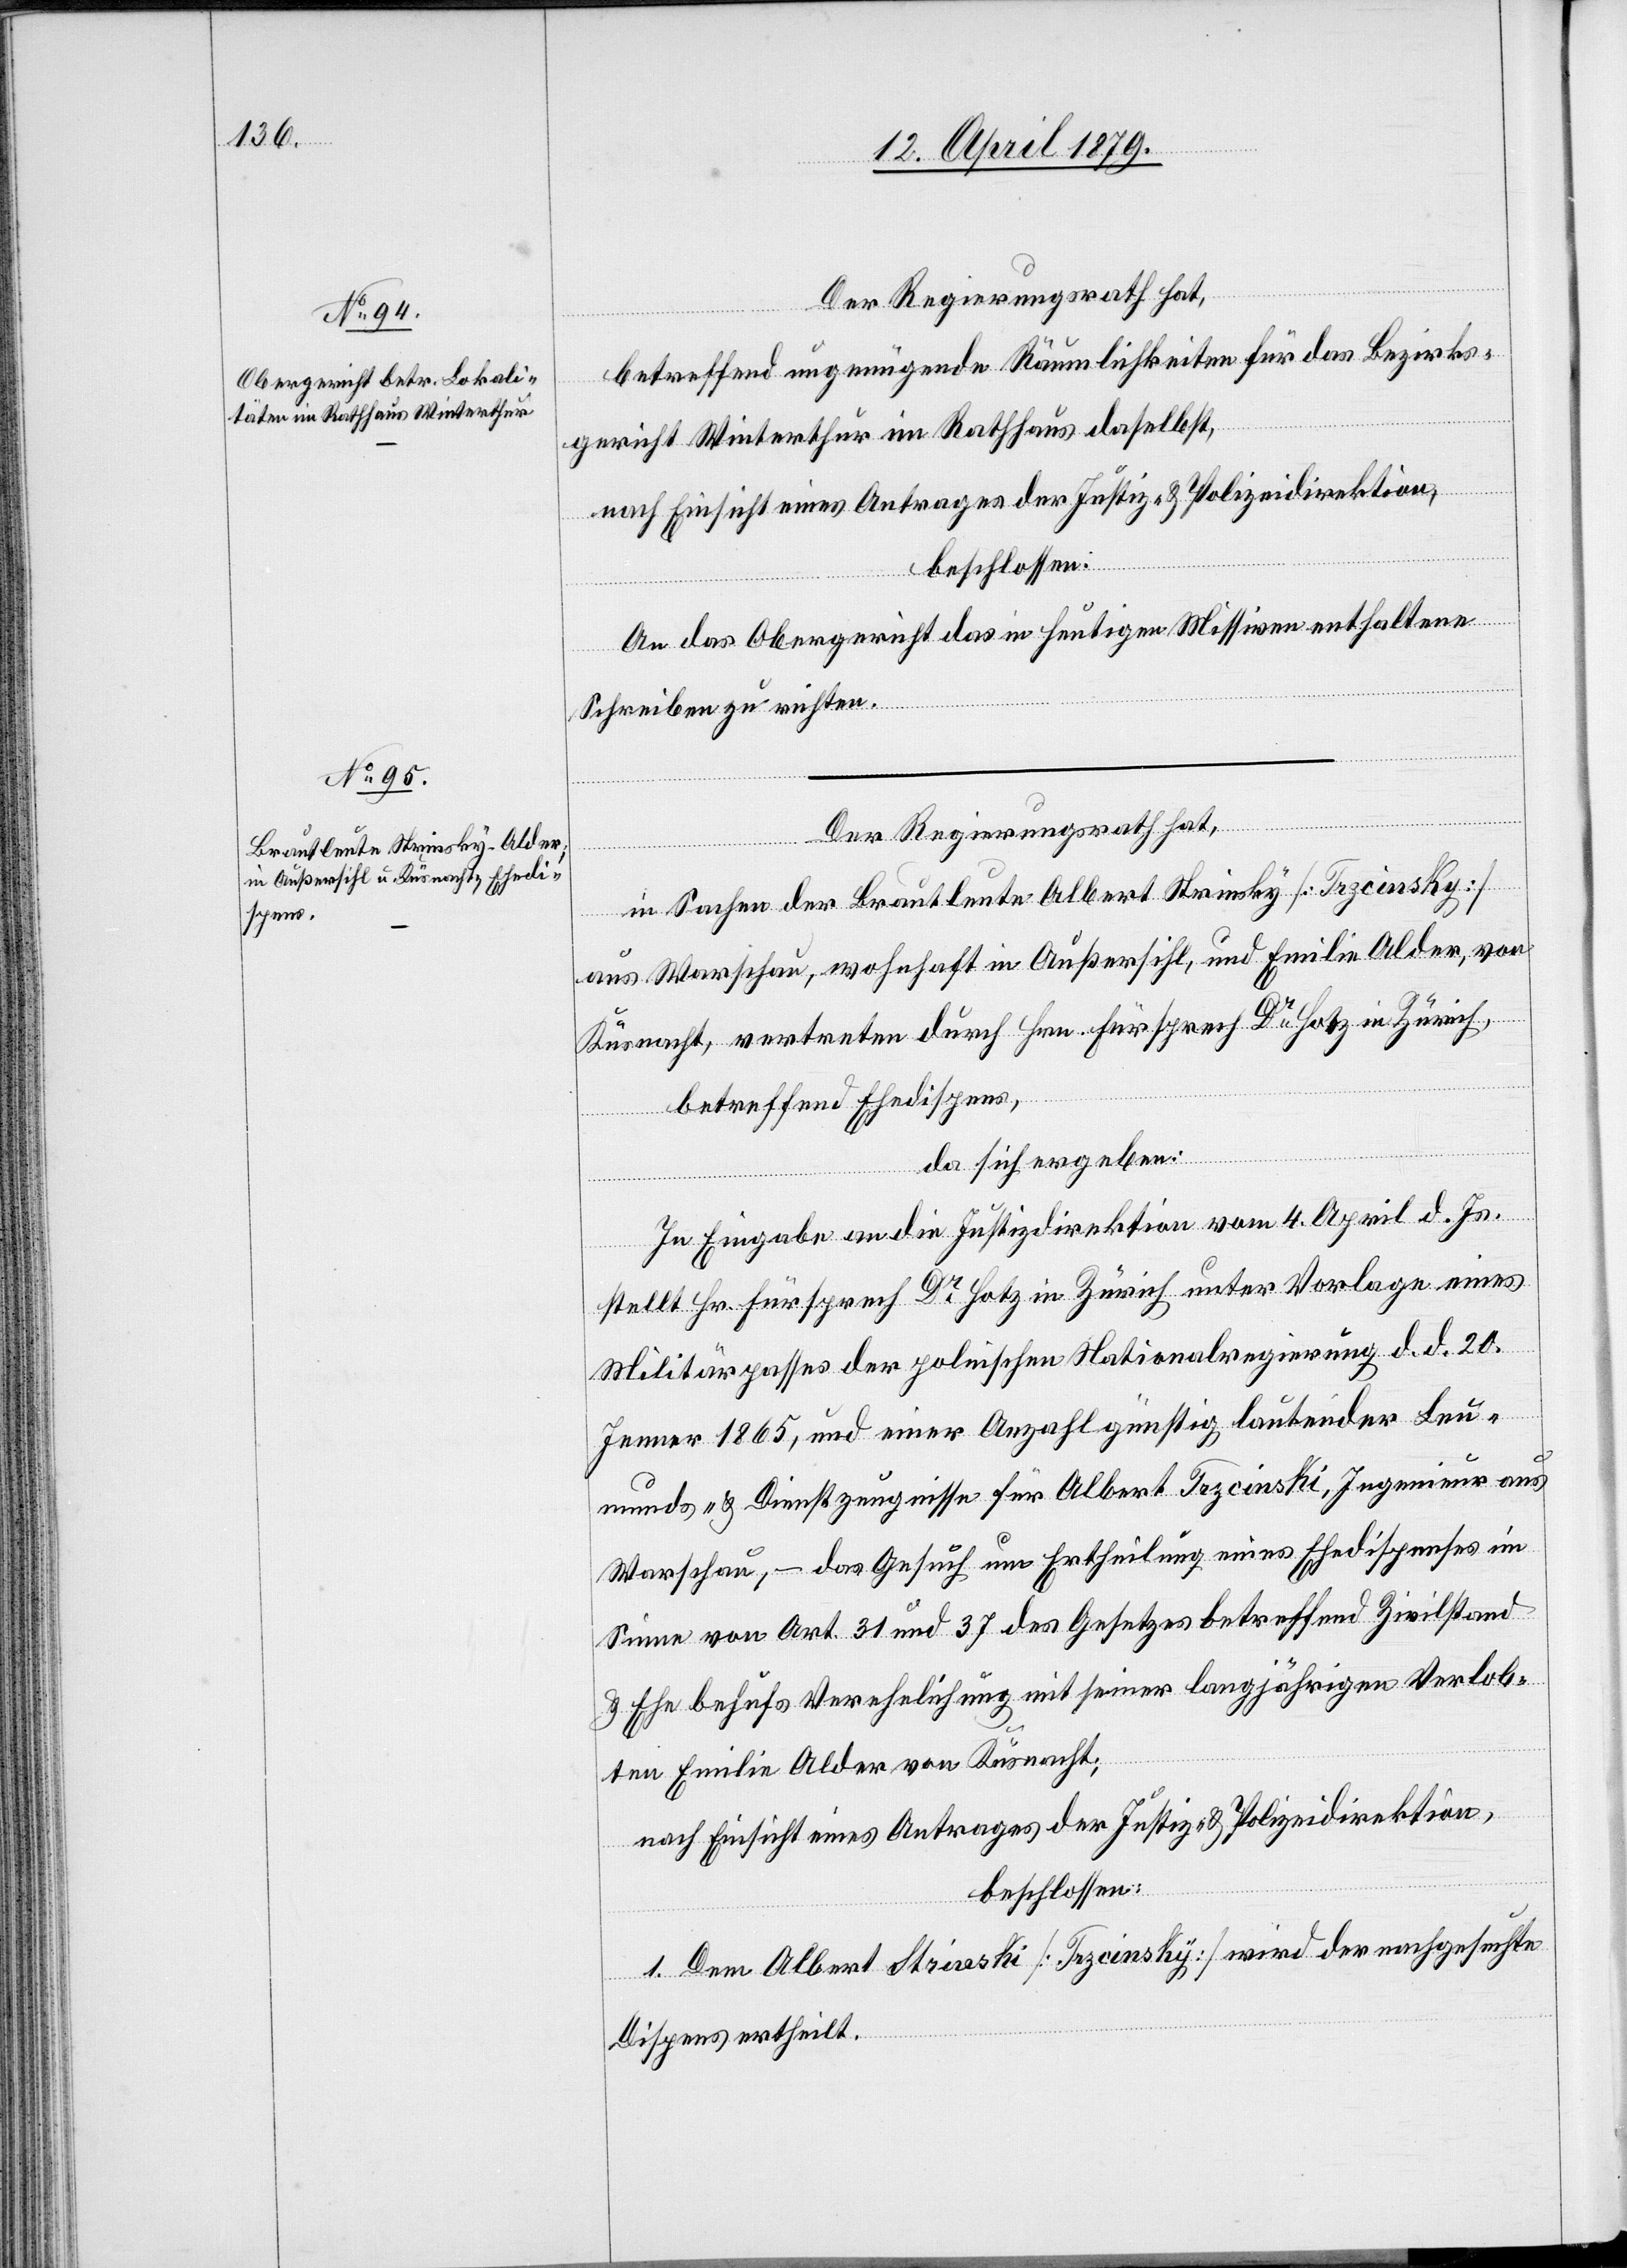
Der Regierungsrath hat,
betreffend ungenügende Räumlichkeiten für das Bezirks¬
gericht Winterthur im Rathhaus daselbst,
nach Einsicht eines Antrages der Justiz- & Polizeidirektion,
beschlossen:
An das Obergericht das in heutigen Missiven enthaltene
Schreiben zu richten.
Der Regierungsrath hat,
in Sachen der Brautleute Albert Strinsky [Trzcinsky]
aus Warschau, wohnhaft in Außersihl, und Emilie Alder, von
Küsnacht, vertreten durch Hrn. Fürsprech Dr Hotz in Zürich,
betreffend Ehedispens,
da sich ergeben:
In Eingabe an die Justizdirektion vom 4. April d. Js.
stellt Hr. Fürsprech Dr Hotz in Zürich unter Vorlage eines
Militärpasses der polnischen Nationalregierung d. d. 20.
Jenner 1865, und einer Anzahl günstig lautender Leu¬
munds- & Dienstzeugnisse für Albert Trzcinski, Ingenieur aus
Warschau, – das Gesuch um Ertheilung eines Ehedispenses im
Sinne von Art. 31 und 37 des Gesetzes betreffend Zivilstand
& Ehe behufs Verehelichung mit seiner langjährigen Verlob¬
ten Emilie Alder von Küsnacht;
nach Einsicht eines Antrages der Justiz- & Polizeidirektion,
beschlossen:
1. Dem Albert Strineski [sic!] [Trzcinsky] wird der nachgesuchte
Dispens ertheilt.